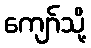
ကျော်သို့